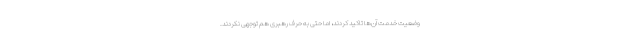
وضعیت خدمت آن‌ها تاکید کردند، اما حتی به حرف رهبری هم توجهی نکردند.